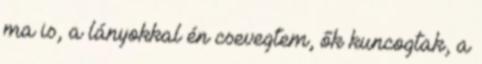
ma is, a lányokkal én csevegtem, ők kuncogtak, a